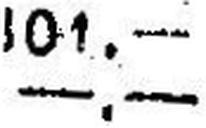
—.—